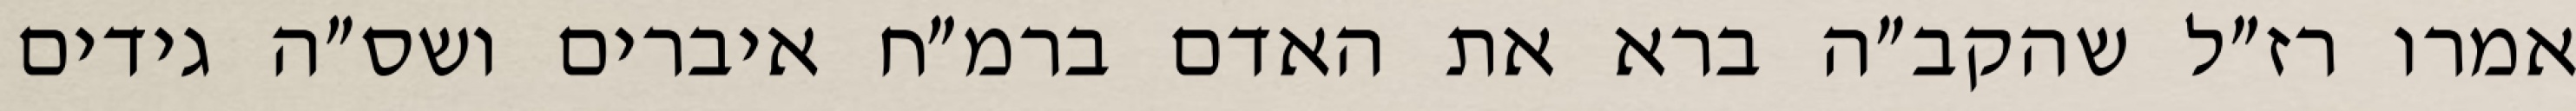
אמרו רז״ל שהקב״ה ברא את האדם ברמ״ח איברים ושס״ה גידים